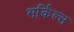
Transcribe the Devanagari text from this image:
सर्किल्स